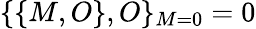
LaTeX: \{ \{ M,O\} ,O\} _{M=0}=0